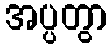
အပ္ပတွာ